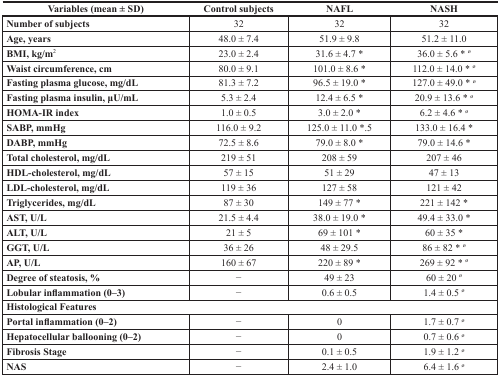
<table><thead><tr><td><b>Variables (mean ± SD)</b></td><td><b>Control subjects</b></td><td><b>NAFL</b></td><td><b>NASH</b></td></tr></thead><tbody><tr><td><b>Number of subjects</b></td><td>32</td><td>32</td><td>32</td></tr><tr><td><b>Age, years</b></td><td>48.0 ± 7.4</td><td>51.9 ± 9.8</td><td>51.2 ± 11.0</td></tr><tr><td><b>BMI, kg/m</b><sup>2</sup></td><td>23.0 ± 2.4</td><td>31.6 ± 4.7 *</td><td>36.0 ± 5.6 * <sup>ø</sup></td></tr><tr><td><b>Waist circumference, cm</b></td><td>80.0 ± 9.1</td><td>101.0 ± 8.6 *</td><td>112.0 ± 14.0 * <sup>ø</sup></td></tr><tr><td><b>Fasting plasma glucose, mg/dL</b></td><td>81.3 ± 7.2</td><td>96.5 ± 19.0 *</td><td>127.0 ± 49.0 * <sup>ø</sup></td></tr><tr><td><b>Fasting plasma insulin, μU/mL</b></td><td>5.3 ± 2.4</td><td>12.4 ± 6.5 *</td><td>20.9 ± 13.6 * <sup>ø</sup></td></tr><tr><td><b>HOMA-IR index</b></td><td>1.0 ± 0.5</td><td>3.0 ± 2.0 *</td><td>6.2 ± 4.6 * <sup>ø</sup></td></tr><tr><td><b>SABP, mmHg</b></td><td>116.0 ± 9.2</td><td>125.0 ± 11.0 *.5</td><td>133.0 ± 16.4 *</td></tr><tr><td><b>DABP, mmHg</b></td><td>72.5 ± 8.6</td><td>79.0 ± 8.0 *</td><td>79.0 ± 14.6 *</td></tr><tr><td><b>Total cholesterol, mg/dL</b></td><td>219 ± 51</td><td>208 ± 59</td><td>207 ± 46</td></tr><tr><td><b>HDL-cholesterol, mg/dL</b></td><td>57 ± 15</td><td>51 ± 29</td><td>47 ± 13</td></tr><tr><td><b>LDL-cholesterol, mg/dL</b></td><td>119 ± 36</td><td>127 ± 58</td><td>121 ± 42</td></tr><tr><td><b>Triglycerides, mg/dL</b></td><td>87 ± 30</td><td>149 ± 77 *</td><td>221 ± 142 *</td></tr><tr><td><b>AST, U/L</b></td><td>21.5 ± 4.4</td><td>38.0 ± 19.0 *</td><td>49.4 ± 33.0 *</td></tr><tr><td><b>ALT, U/L</b></td><td>21 ± 5</td><td>69 ± 101 *</td><td>60 ± 35 *</td></tr><tr><td><b>GGT, U/L</b></td><td>36 ± 26</td><td>48 ± 29.5</td><td>86 ± 82 * <sup>ø</sup></td></tr><tr><td><b>AP, U/L</b></td><td>160 ± 67</td><td>220 ± 89 *</td><td>269 ± 92 * <sup>ø</sup></td></tr><tr><td><b>Degree of steatosis, %</b></td><td>−</td><td>49 ± 23</td><td>60 ± 20 <sup>ø</sup></td></tr><tr><td><b>Lobular inflammation (0–3)</b></td><td>−</td><td>0.6 ± 0.5</td><td>1.4 ± 0.5 <sup>ø</sup></td></tr><tr><td colspan="4"><b>Histological Features</b></td></tr><tr><td><b>Portal inflammation (0–2)</b></td><td>−</td><td>0</td><td>1.7 ± 0.7 <sup>ø</sup></td></tr><tr><td><b>Hepatocellular ballooning (0–2)</b></td><td>−</td><td>0</td><td>0.7 ± 0.6 <sup>ø</sup></td></tr><tr><td><b>Fibrosis Stage</b></td><td>−</td><td>0.1 ± 0.5</td><td>1.9 ± 1.2 <sup>ø</sup></td></tr><tr><td><b>NAS</b></td><td>−</td><td>2.4 ± 1.0</td><td>6.4 ± 1.6 <sup>ø</sup></td></tr></tbody></table>